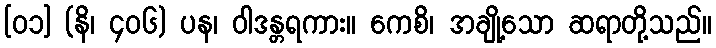
[၀၁] (နိ၊ ၄၀၆) ပန၊ ဝါဒန္တရကား။ ကေစိ၊ အချို့သော ဆရာတို့သည်။